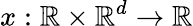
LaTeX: x:\mathbb{R}\times\mathbb{R}^{d}\to\mathbb{R}